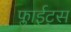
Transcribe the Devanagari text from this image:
फ्लाईट्स